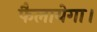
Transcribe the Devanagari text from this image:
फैलायेगा।